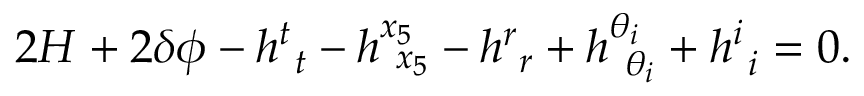
2 { \cal H } + 2 \delta \phi - h _ { ~ t } ^ { t } - h _ { ~ x _ { 5 } } ^ { x _ { 5 } } - h _ { ~ r } ^ { r } + h _ { ~ \theta _ { i } } ^ { \theta _ { i } } + h _ { ~ i } ^ { i } = 0 .